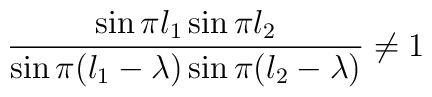
\frac{\sin\pi l_1 \sin\pi l_2}{\sin\pi(l_1-\lambda) \sin \pi(l_2-\lambda)}\not= 1